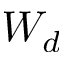
W _ { d }